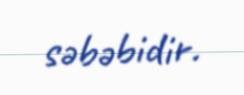
səbəbidir.